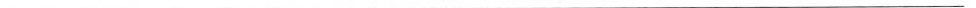
___